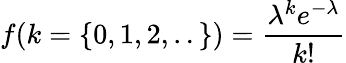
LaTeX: f(k=\{ 0,1,2,..\} )=\frac{\lambda^{k}e^{-\lambda}}{k!}